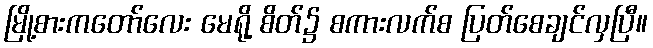
မြို့စားကတော်လေး မေရို့ စိတ်၌ စကားလက်စ ပြတ်စေချင်လှပြီ။